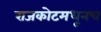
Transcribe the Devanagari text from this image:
राजकोटमधूनच